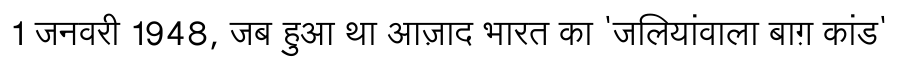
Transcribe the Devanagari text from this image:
1 जनवरी 1948, जब हुआ था आज़ाद भारत का 'जलियांवाला बाग़ कांड'